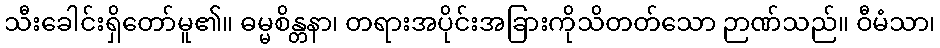
သီးခေါင်းရှိတော်မူ၏။ ဓမ္မစိန္တနာ၊ တရားအပိုင်းအခြားကိုသိတတ်သော ဉာဏ်သည်။ ဝီမံသာ၊